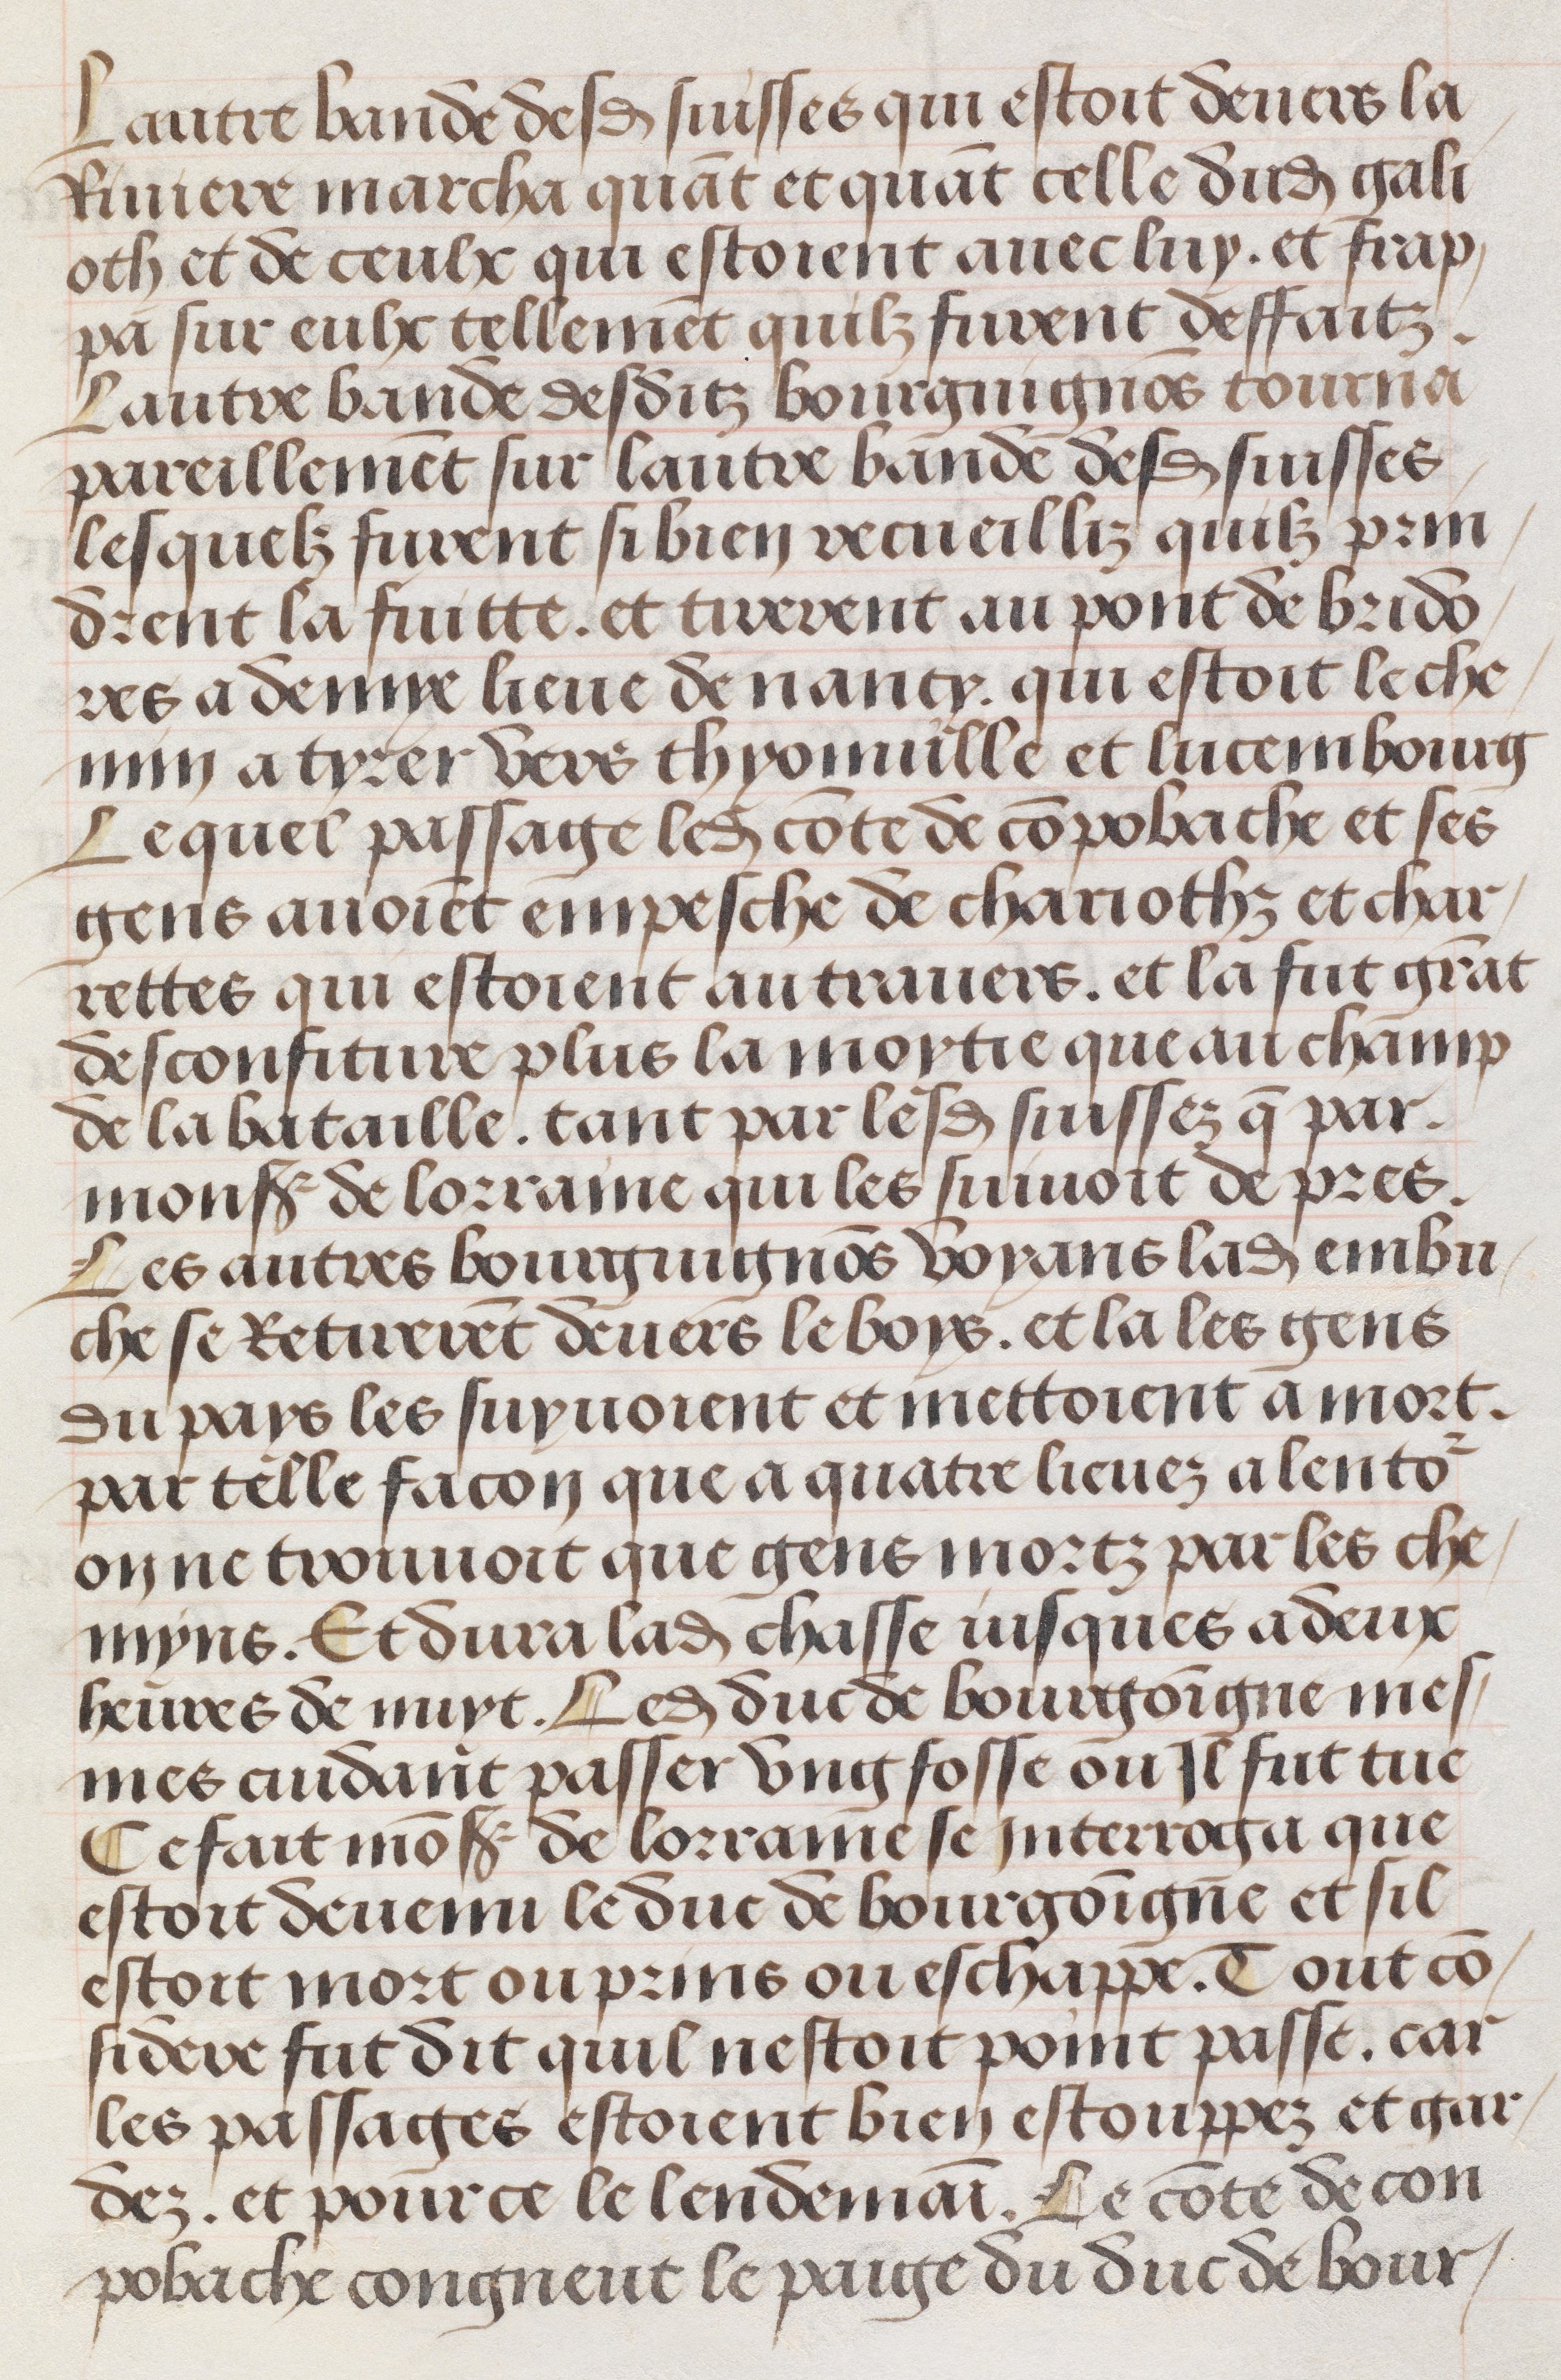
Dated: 1483–1503